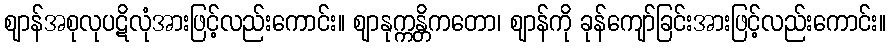
ဈာန်အစုလုပဋိလုံအားဖြင့်လည်းကောင်း။ ဈာနုက္ကန္တိကတော၊ ဈာန်ကို ခုန်ကျော်ခြင်းအားဖြင့်လည်းကောင်း။